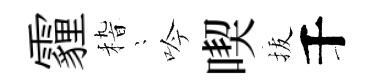
霾𥟵隠吟喫拔千